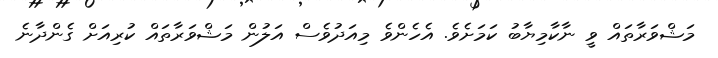
މަޝްވަރާތައް ވީ ނާކާމިޔާބު ކަމަށެވެ. އެހެންވެ މިއަދުވެސް އަލުން މަޝްވަރާތައް ކުރިއަށް ގެންދާނެ